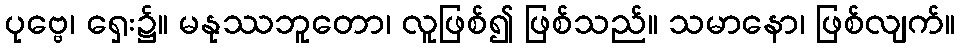
ပုဗ္ဗေ၊ ရှေး၌။ မနုဿဘူတော၊ လူဖြစ်၍ ဖြစ်သည်။ သမာနော၊ ဖြစ်လျက်။